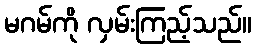
မဂမ်ကို လှမ်းကြည့်သည်။